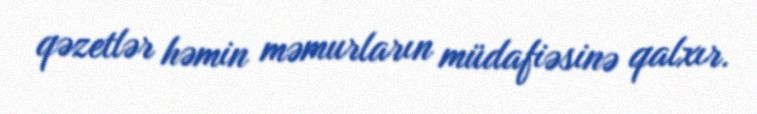
qəzetlər həmin məmurların müdafiəsinə qalxır.